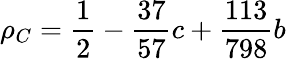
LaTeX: \rho_{C}=\frac{1}{2}-\frac{37}{57}c+\frac{113}{798}b